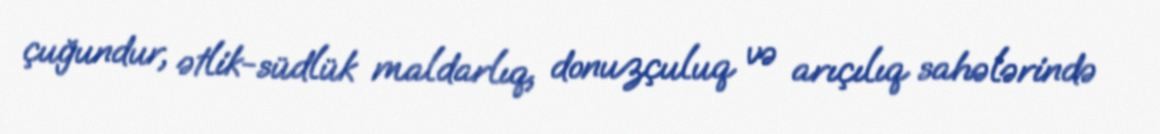
çuğundur, ətlik-südlük maldarlıq, donuzçuluq və arıçılıq sahələrində